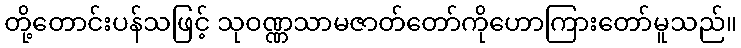
တို့တောင်းပန်သဖြင့် သုဝဏ္ဏသာမဇာတ်တော်ကိုဟောကြားတော်မူသည်။